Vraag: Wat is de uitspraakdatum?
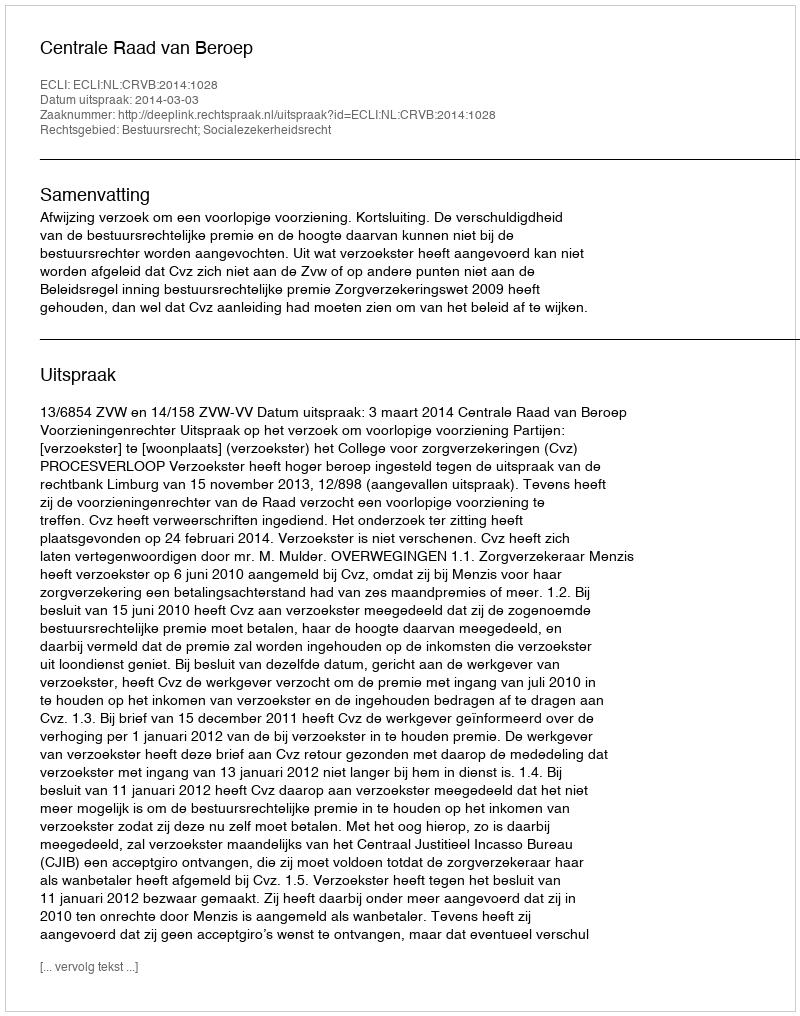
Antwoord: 2014-03-03